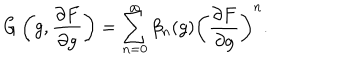
LaTeX: G \left( g , { \frac { \partial F } { \partial g } } \right) = \sum _ { n = 0 } ^ { \infty } \beta _ { n } ( g ) \left( { \frac { \partial F } { \partial g } } \right) ^ { n } .